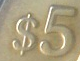
$5